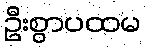
ဦးစွာပထမ